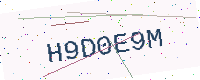
Text: H9D0E9M